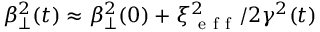
\beta _ { \perp } ^ { 2 } ( t ) \approx \beta _ { \perp } ^ { 2 } ( 0 ) + \xi _ { \mathrm { ~ e ~ f ~ f ~ } } ^ { 2 } / 2 \gamma ^ { 2 } ( t )